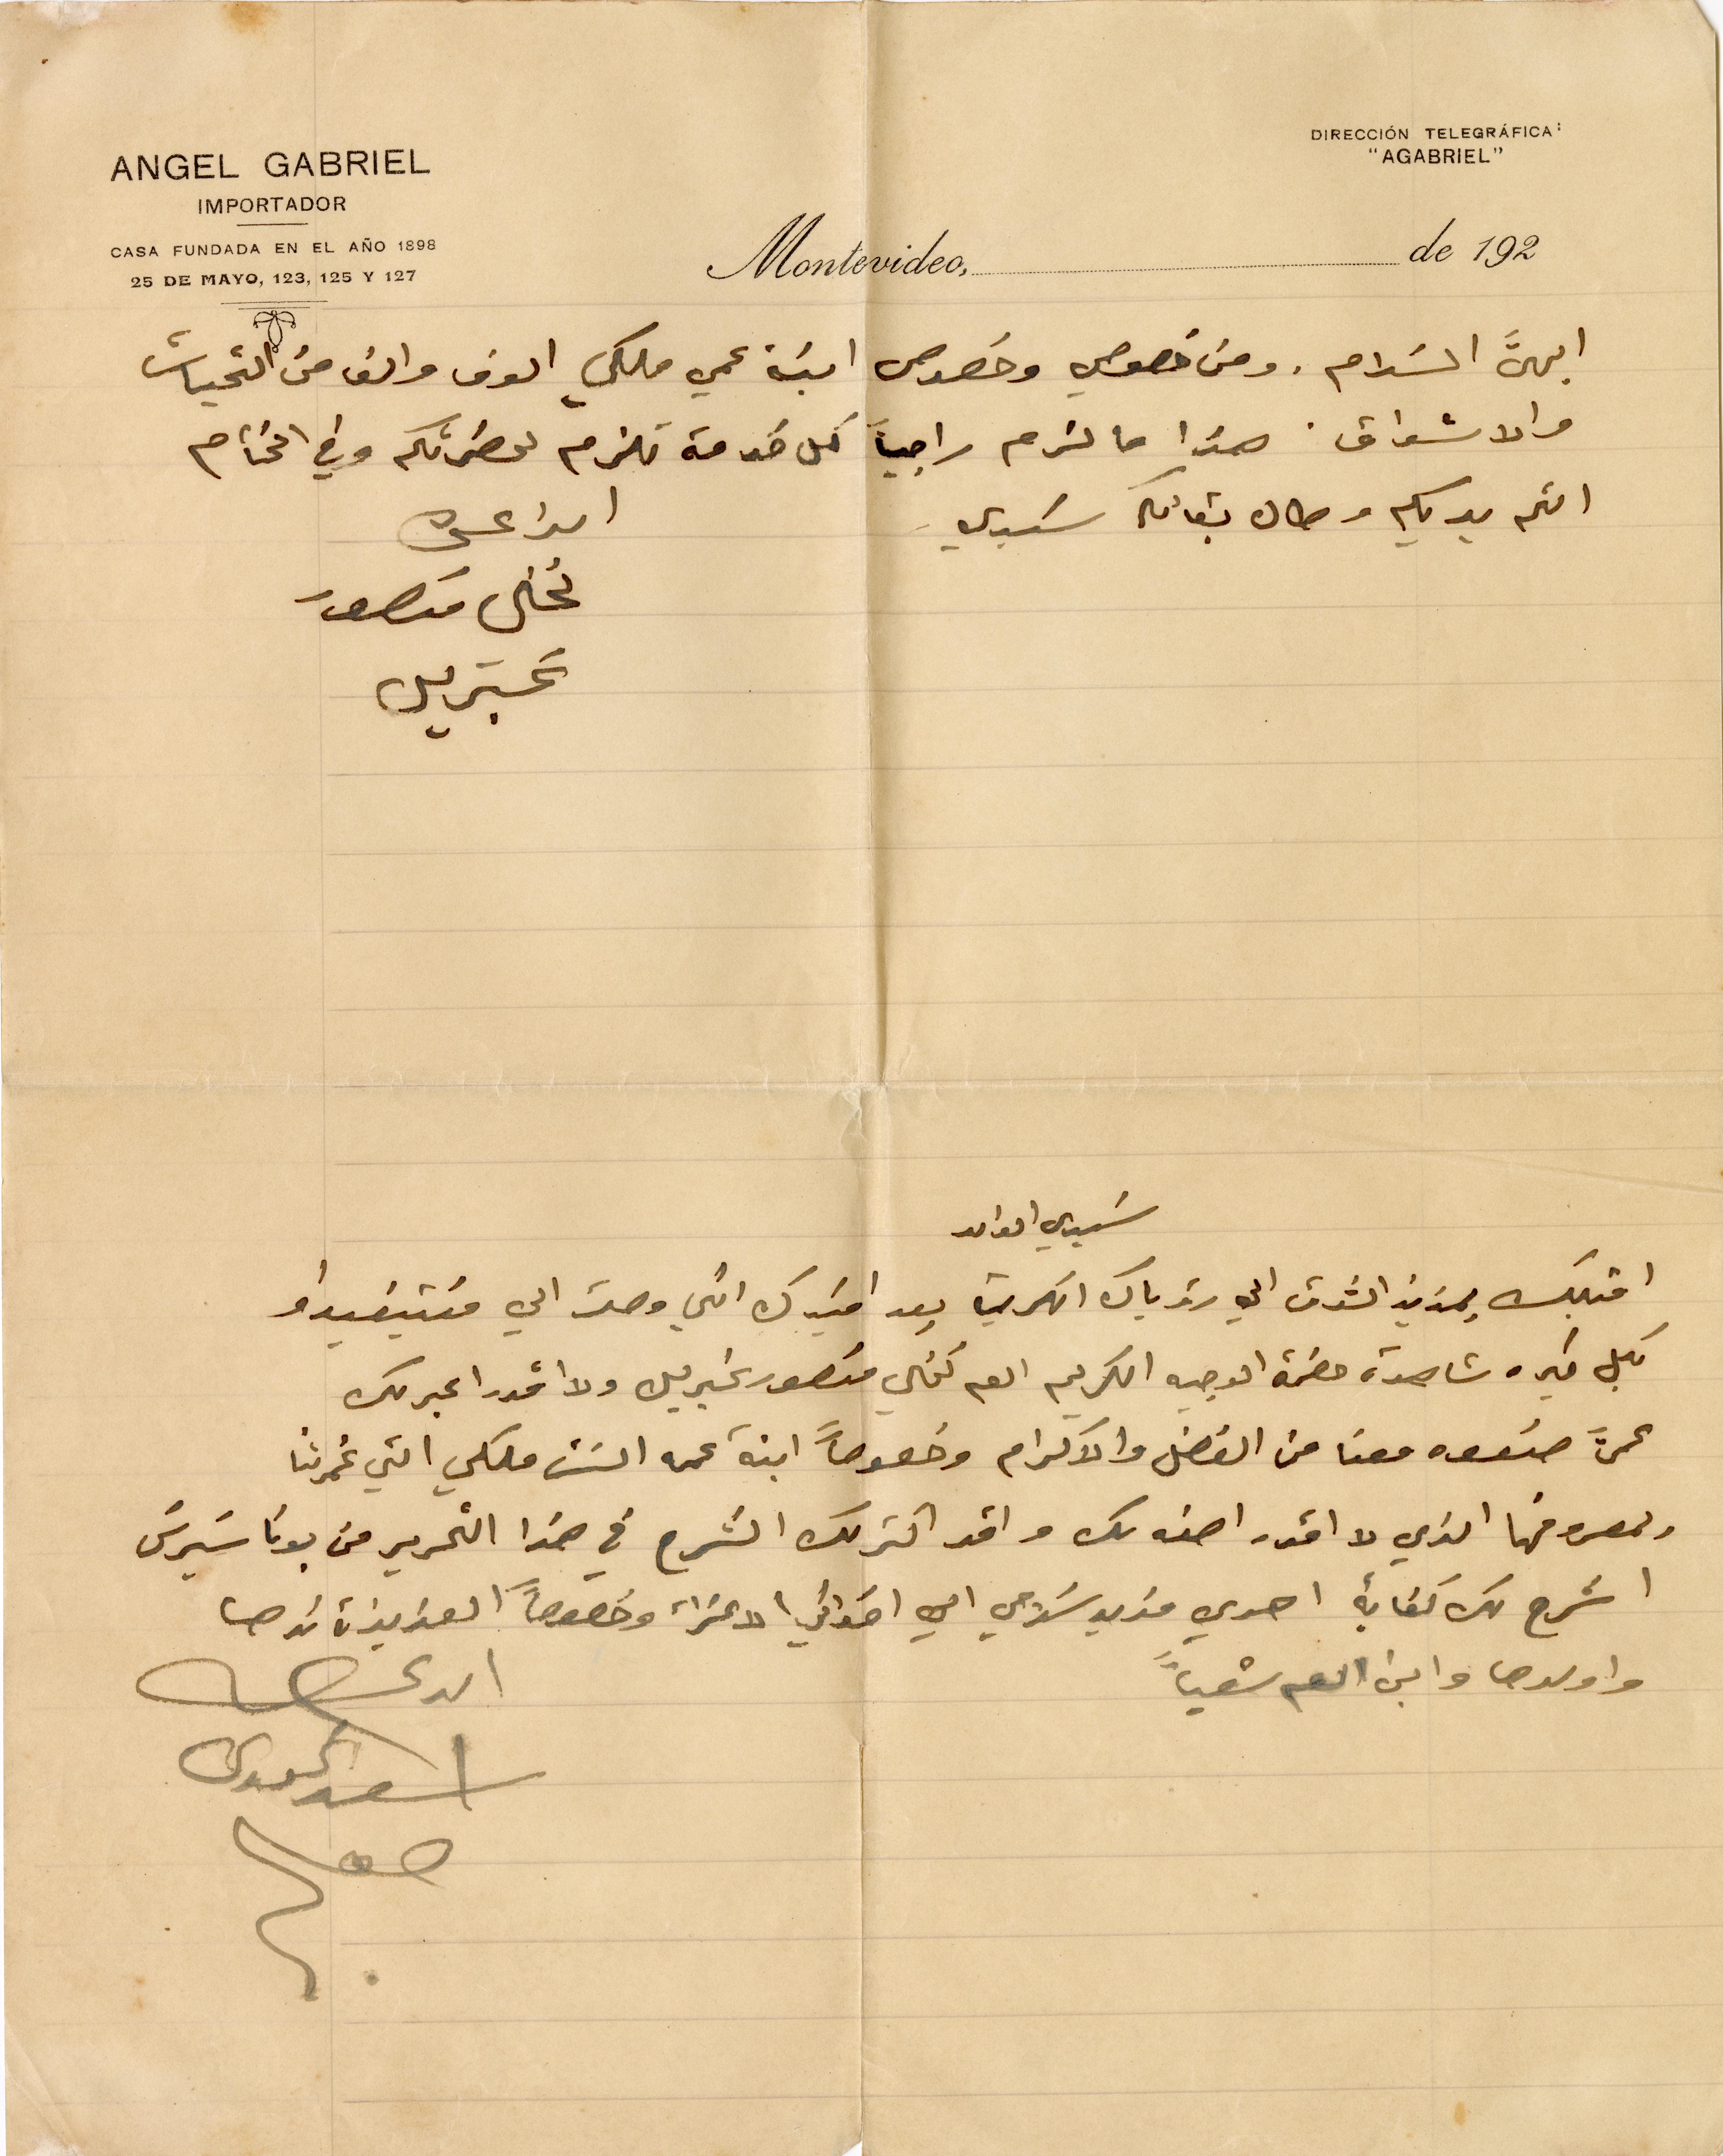
ابهىَّ السلام. ومن خصوصي وخصوص ابنة عمي ملكي الوف والف من التحيات
والاشواق. هذا ما لزم راجياً كل خدمة تلزم لحضرتكم وفي الختام
الثم يديكم وطال بقائكم سيدي
الداعي
نخلي منصور
سَيدي الوالد
اقبلك بمزيد الشوق الى رؤياك الكريمة بعد افيدك اني وصلت الى منتيفيداو
بكل خير وشاهدة حضرة الوجيه الكريم العم نخلي منصور غبريل ولا اقدر اعبر لك
عمَّن صنعه معنا من الفضل والاكرام وخصوصاً ابنة عمه الست ملكي التي غمرتنا
بمعروفها الذي لا اقدر اصفه لك واقد اكثر لك الشرح في هذا التحرير من بوناسَيرسَ
اشرح لك كفاية اهدي مزيد سلامي الى اخواتي الاعزاء وخصوصاً العزيزة ندى
واولدها وابن العم شعيا
اسعد غبريل
الداعي
غبريل